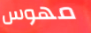
مهوس